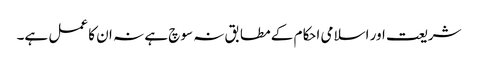
شریعت اور اسلامی احکام کے مطابق نہ سوچ ہے نہ ان کا عمل ہے۔